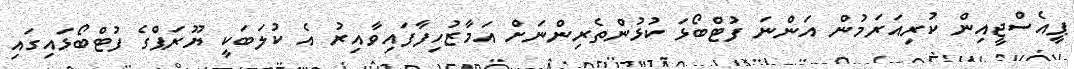
ޕީއެސްޖީއިން ކުރިއަރަމުން އަންނަ ފުޓްބޯޅަ ކުޅުންތެރިންނަށް އަމާޒުހިފާފައިވާއިރު އެ ކުލަބަކީ ޔޫރަޕްގެ ފުޓްބޯޅައިގައި